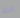
فرط